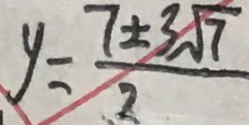
y = \frac { 7 \pm 3 \sqrt { 7 } } { 2 }